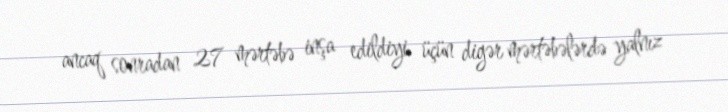
ancaq sonradan 27 mərtəbə inşa edildiyi üçün digər mərtəbələrdə yalnız